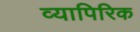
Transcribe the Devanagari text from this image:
व्यापिरिक